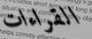
القراءات